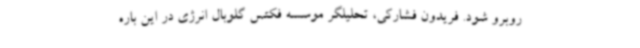
روبرو شود. فریدون فشارکی، تحلیلگر موسسه فکتس گلوبال انرژی در این باره